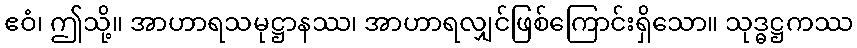
ဧဝံ၊ ဤသို့။ အာဟာရသမုဋ္ဌာနဿ၊ အာဟာရလျှင်ဖြစ်ကြောင်းရှိသော။ သုဒ္ဓဋ္ဌကဿ